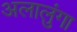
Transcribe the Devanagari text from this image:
अलालुंगा